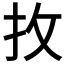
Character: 𢪛